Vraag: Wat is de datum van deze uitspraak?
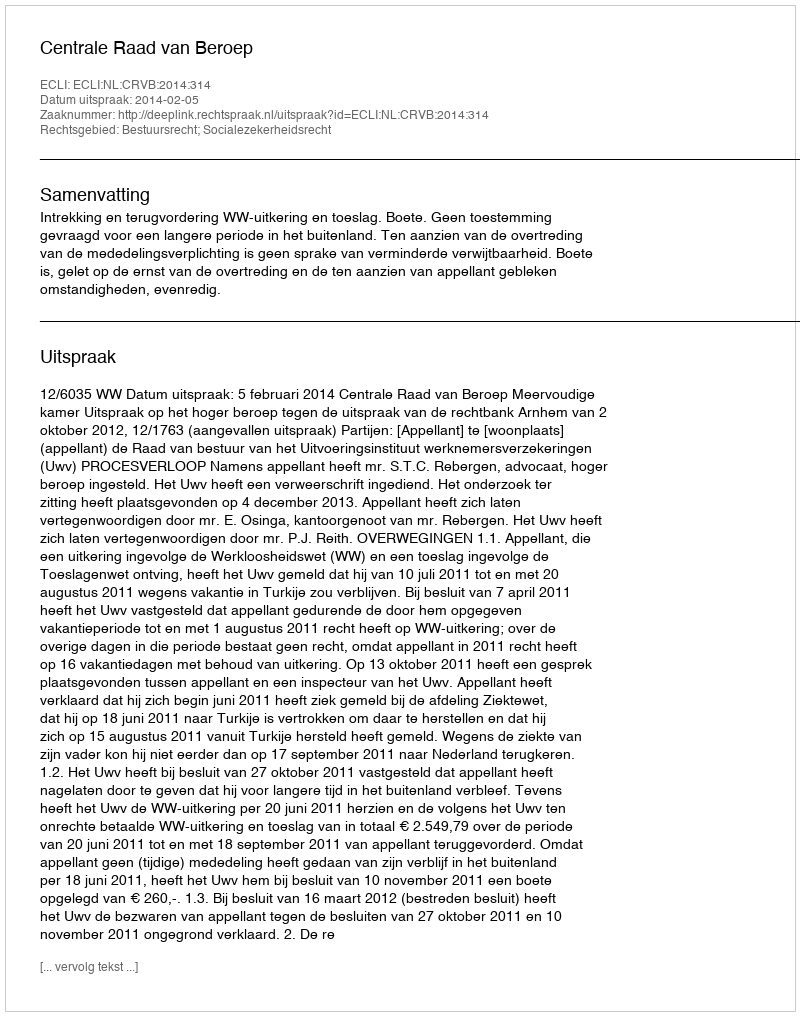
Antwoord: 2014-02-05